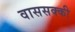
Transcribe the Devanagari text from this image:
वाससक्की